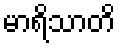
မာရိသာတိ